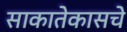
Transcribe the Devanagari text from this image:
साकातेकासचे